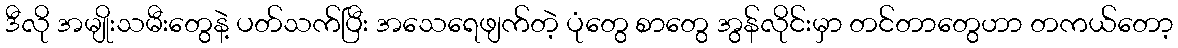
ဒီလို အမျိုးသမီးတွေနဲ့ ပတ်သက်ပြီး အသေရေဖျက်တဲ့ ပုံတွေ စာတွေ အွန်လိုင်းမှာ တင်တာတွေဟာ တကယ်တော့